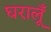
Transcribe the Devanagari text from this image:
घरालूँ